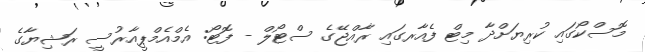
މޮސްކޯގައި ކުރިޔަށްދާ މިޓް ފެއާރގައި ރާއްޖޭގެ ސްޓޯލް - ފޮޓޯ: އެމްއެމްޕީއާރުސީ ރަޝިޔާގެ